Vaccination in Burma 1900-1911 - 1900-1911
Year: 1900
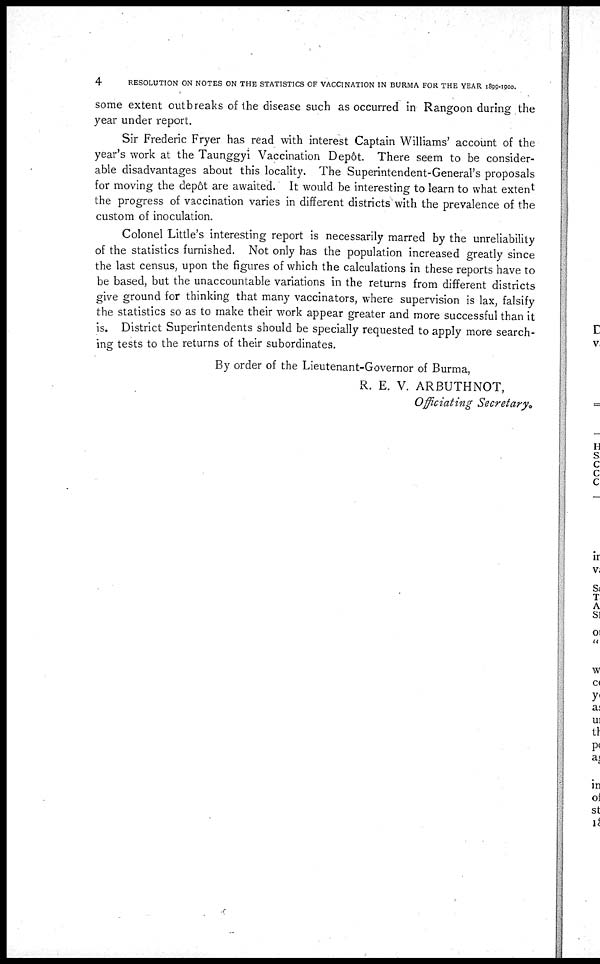
4
RESOLUTION ON NOTES ON THE STATISTICS OF VACCINATION IN BURMA FOR THE YEAR 1899-1900.
some extent outbreaks of the disease such as occurred in Rangoon during the
year under report.
Sir Frederic Fryer has read with interest Captain Williams' account of the
year's work at the Taunggyi Vaccination Depôt. There seem to be consider-
able disadvantages about this locality. The Superintendent-General's proposals
for moving the depôt are awaited. It would be interesting to learn to what extent
the progress of vaccination varies in different districts with the prevalence of the
custom of inoculation.
Colonel Little's interesting report is necessarily marred by the unreliability
of the statistics furnished. Not only has the population increased greatly since
the last census, upon the figures of which the calculations in these reports have to
be based, but the unaccountable variations in the returns from different districts
give ground for thinking that many vaccinators, where supervision is lax, falsify
the statistics so as to make their work appear greater and more successful than it
is. District Superintendents should be specially requested to apply more search-
ing tests to the returns of their subordinates.
By order of the Lieutenant-Governor of Burma,
R. E. V. ARBUTHNOT,
Officiating Secretary.